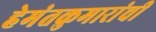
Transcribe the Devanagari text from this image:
हेमंतकुमारांची